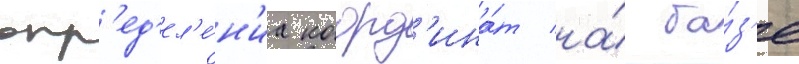
опр'ед'ел'е́н'иа коорд'ина́т на́ ба́з'е